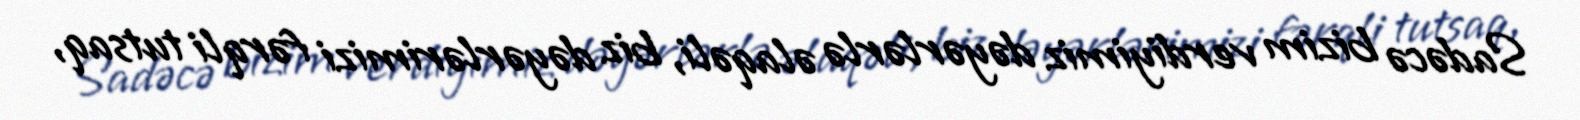
Sadəcə bizim verdiyimiz dəyərlərlə əlaqəli, biz dəyərlərimizi fərqli tutsaq,